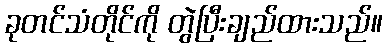
ခုတင်သံတိုင်ကို တွဲပြီးချည်ထားသည်။